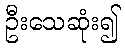
ဦးသေဆုံး၍